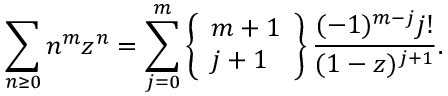
\sum _ { n \geq 0 } n ^ { m } z ^ { n } = \sum _ { j = 0 } ^ { m } \left\{ { \begin{array} { l } { m + 1 } \\ { j + 1 } \end{array} } \right\} { \frac { ( - 1 ) ^ { m - j } j ! } { ( 1 - z ) ^ { j + 1 } } } .